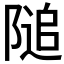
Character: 𨻡